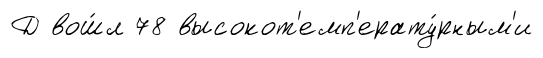
Д вош́л 78 высокот'емп'ерату́рным'и